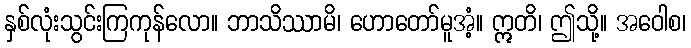
နှစ်လုံးသွင်းကြကုန်လော။ ဘာသိဿာမိ၊ ဟောတော်မူအံ့။ ဣတိ၊ ဤသို့။ အဝေါစ၊